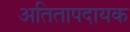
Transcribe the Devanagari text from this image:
अतितापदायक